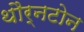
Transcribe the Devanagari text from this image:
थौर्नटोन